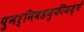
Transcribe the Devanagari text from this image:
पुनर्निवडणुकींमध्ये